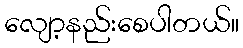
လျော့နည်းစေပါတယ်။